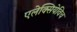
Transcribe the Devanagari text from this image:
एलेक्सियेविच